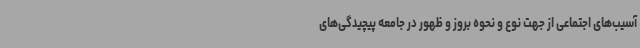
آسیب‌های اجتماعی از جهت نوع و نحوه بروز و ظهور در جامعه پیچیدگی‌های